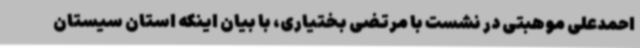
احمدعلی موهبتی در نشست با مرتضی بختیاری، با بیان اینکه استان سیستان